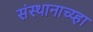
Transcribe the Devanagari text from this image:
संस्थानाच्य्हा